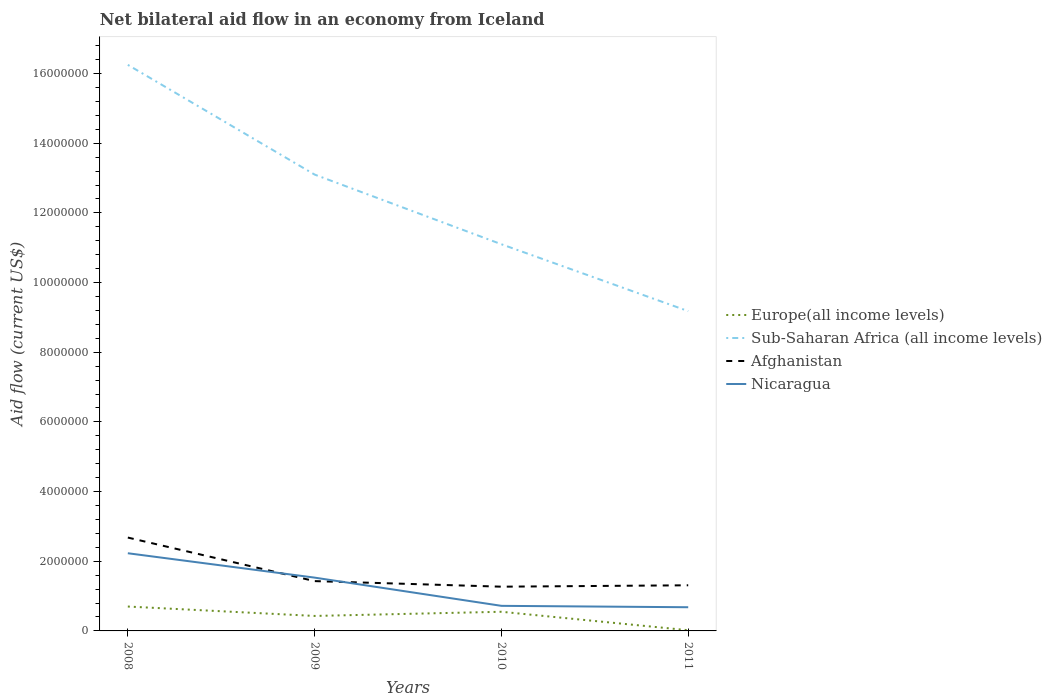
| Years | Europe(all income levels) | Sub-Saharan Africa (all income levels) | Afghanistan | Nicaragua |
 | --- | --- | --- | --- | --- |
 | 2008 | 7e+05 | 1.62e+07 | 2.68e+06 | 2.23e+06 |
 | 2009 | 4.3e+05 | 1.31e+07 | 1.43e+06 | 1.53e+06 |
 | 2010 | 5.5e+05 | 1.11e+07 | 1.27e+06 | 7.2e+05 |
 | 2011 | 2e+04 | 9.18e+06 | 1.31e+06 | 6.8e+05 |